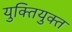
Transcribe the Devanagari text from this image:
युक्‍ितयुक्‍त